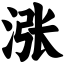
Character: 涨